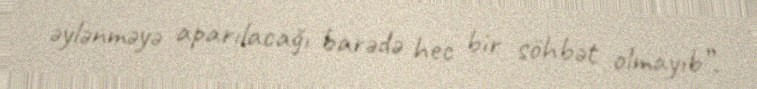
əylənməyə aparılacağı barədə hec bir söhbət olmayıb”.